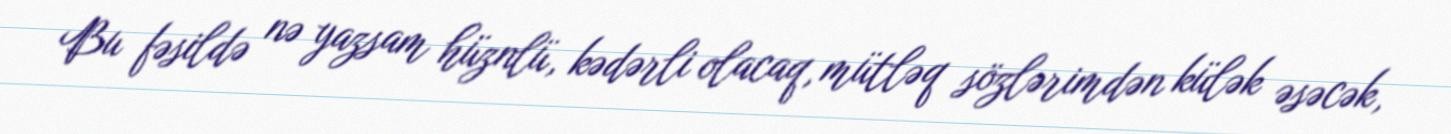
Bu fəsildə nə yazsam hüznlü, kədərli olacaq, mütləq sözlərimdən külək əsəcək,